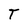
Character: T